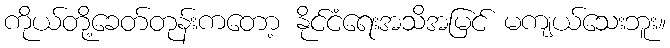
ကိုယ်တို့ခေတ်တုန်းကတော့ နိုင်ငံရေးအသိအမြင် မကျယ်သေးဘူး။